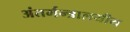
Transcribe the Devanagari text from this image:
अंतर्मन्त्रालयीय